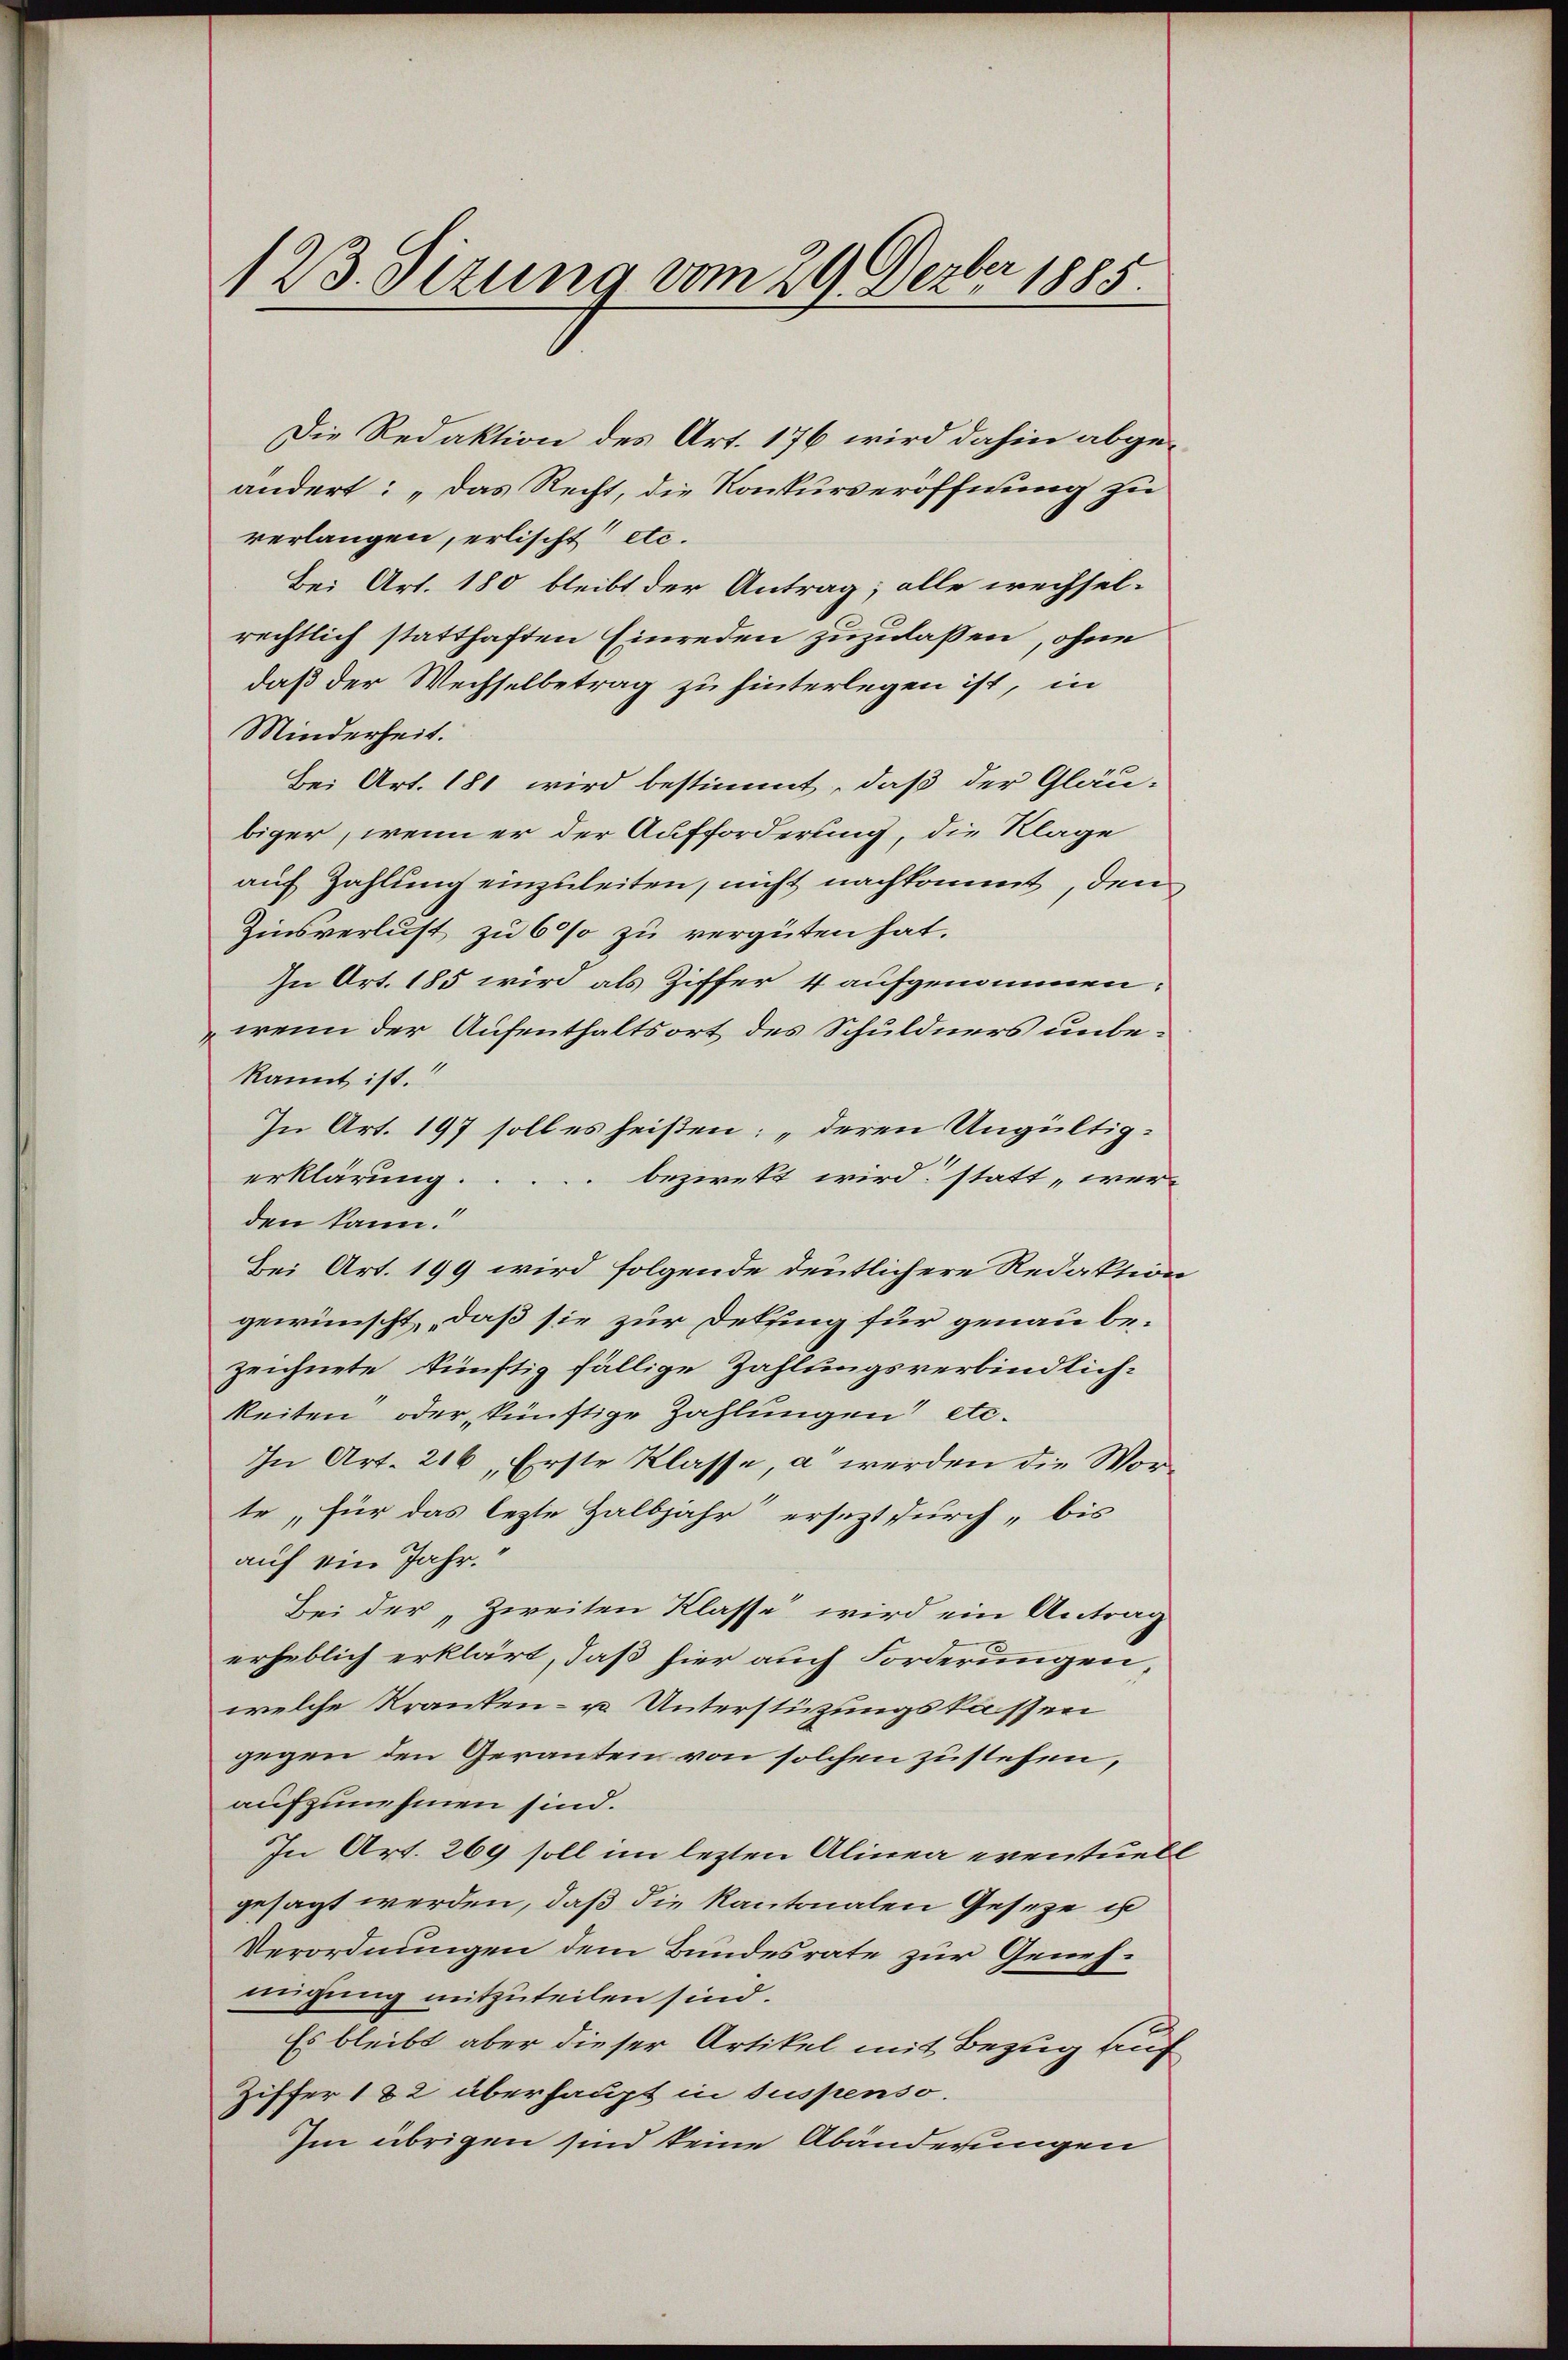
123. Sizung vom 29. Dezbr 1885.

Die Redaktion des Art. 176 wird dahin abgeändert: „Das Recht, die Konkurseröffnung zu
verlangen, erlischt etc.
Bei Art. 180 bleibt der Antrag; alle wechsel-
rechtlich statthaften Einreden zuzulassen, ohne
daß der Wechselbetrag zu hinterlegen ist, in
Minderheit.
Bei Art. 181 wird bestimmt, daß der Gläu-
biger, wenn er der Aufforderung, die Klage
auf Zahlung einzuleiten, nicht nachkommt, den
Zinsverlust zu 6 % zu vergüten hat.
In Art. 185 wird als Ziffer 4 aufgenommen:
wenn der Aufenthaltsort des Schuldners unbekannt ist.
In Art. 197 soll es heißen: „deren Ungültigbezirekt wird: statt „wer-
erklärung.
den kann.“
Bei Art. 199 wird folgende deutlichere Redaktion
gewünscht, daß sie zur Detung für genau bezeichnete künftig fällige Zahlungsverbindlich-
keiten oder künftige Zahlungen etc.
In Art. 216, Erste Klasse, a werden die Worte, für das lezte Halbjahr ersezt durch „bis
auf ein Jahr.
Bei der „Zweiten Klasse wird ein Antrag
erheblich erklärt, daß hier auch Forderungen,
welche Kranken- u. Unterstützungskassen
gegen den Geranten von solchen zustehen,
aufzunehmen sind.
In Art. 269 soll im lezten Alinea eventuelgesagt werden, daß die Kantonalen Geseze u
Verordnungen dem Bundesrate zur Genehmigung mitzuteilen sind.
Es bleibt aber dieser Artikel mit Bezug auf
Ziffer 182 überhaupt in suspenso.
Im übrigen sind keine Abänderungen